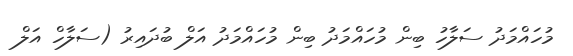
މުހައްމަދު ސަލާހު ބިން މުހައްމަދު ބިން މުހައްމަދު އަލް ބުދައިރު (ސަލާހް އަލް